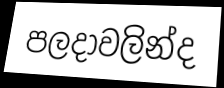
පලදාවලින්ද